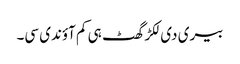
بیری دی لکڑ گھٹ ہی کم آؤندی سی۔